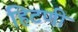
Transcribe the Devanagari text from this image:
हिटणी